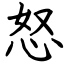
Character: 怒